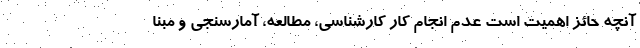
آنچه حائز اهمیت است عدم انجام کار کارشناسی، مطالعه، آمارسنجی و مبنا